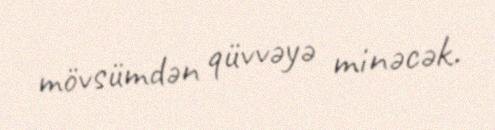
mövsümdən qüvvəyə minəcək.